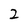
Character: 2